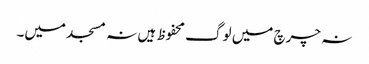
نہ چرچ میں لوگ محفوظ ہیں نہ مسجد میں۔